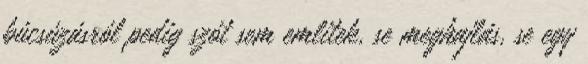
búcsúzásról pedig szót sem emlitek, se meghajlás, se egy